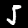
Digit: 5